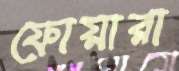
ফোয়ারা